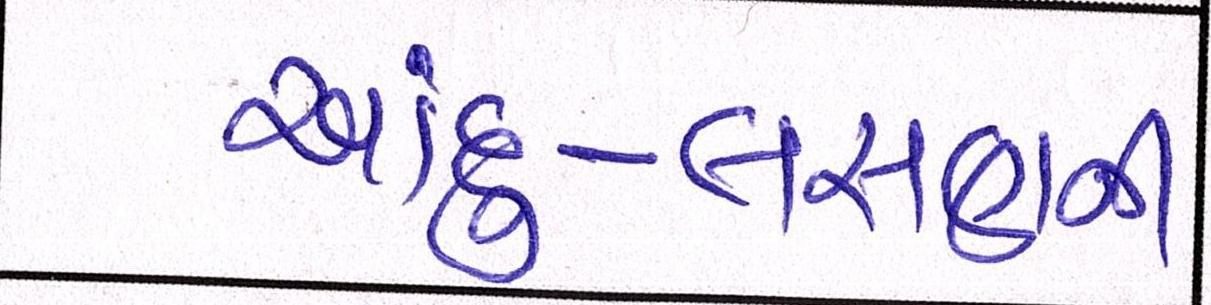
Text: આદું-લસણની